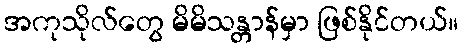
အကုသိုလ်တွေ မိမိသန္တာန်မှာ ဖြစ်နိုင်တယ်။